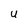
Character: U